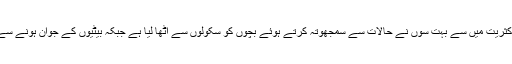
آمدنی کا بڑا حصہ خوراک پرخرچ کرنے والی ملکی آبادی کی اکثریت میں سے بہت سوں نے حالات سے سمجھوتہ کرتے ہوئے بچوں کو سکولوں سے اٹھا لیا ہے جبکہ بیٹیوں کے جوان ہونے سے قبل ہی انکی شادی کر کے جان چھڑانے کا رواج بڑھ رہا ہے۔